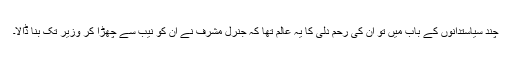
چند سیاستدانوں کے باب میں تو ان کی رحم دلی کا یہ عالم تھا کہ جنرل مشرف نے ان کو نیب سے چھڑا کر وزیر تک بنا ڈالا۔